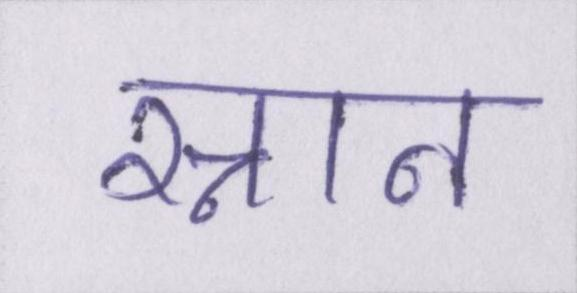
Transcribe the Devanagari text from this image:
स्नान